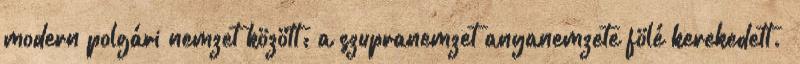
modern polgári nemzet között: a szupranemzet anyanemzete fölé kerekedett.”